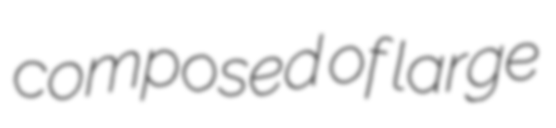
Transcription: composed of large